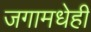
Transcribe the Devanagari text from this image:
जगामधेही